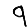
Digit: 9